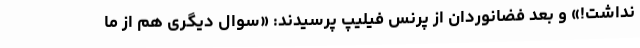
نداشت!» و بعد فضانوردان از پرنس فیلیپ پرسیدند: «سوال دیگری هم از ما